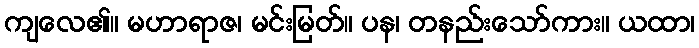
ကျလေ၏။ မဟာရာဇ၊ မင်းမြတ်။ ပန၊ တနည်းသော်ကား။ ယထာ၊